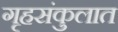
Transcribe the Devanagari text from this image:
गृहसंकुलात